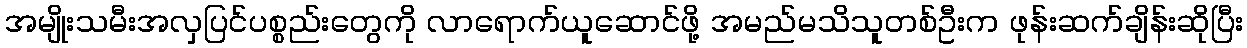
အမျိုးသမီးအလှပြင်ပစ္စည်းတွေကို လာရောက်ယူဆောင်ဖို့ အမည်မသိသူတစ်ဦးက ဖုန်းဆက်ချိန်းဆိုပြီး